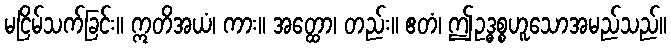
မငြိမ်သက်ခြင်း။ ဣတိအယံ၊ ကား။ အတ္ထော၊ တည်း။ ဧတံ၊ ဤဥဒ္ဓစ္စဟူသောအမည်သည်။